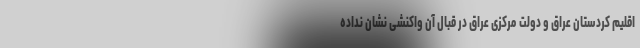
اقلیم کردستان عراق و دولت مرکزی عراق در قبال آن واکنشی نشان نداده